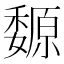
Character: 𡤍